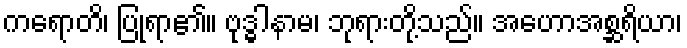
ကရောတိ၊ ပြုရာ၏။ ဗုဒ္ဓါနာမ၊ ဘုရားတို့သည်။ အဟောအစ္ဆရိယာ၊